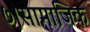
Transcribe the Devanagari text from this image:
७।सामाजिक